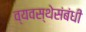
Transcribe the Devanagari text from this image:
व्यवस्थेसंबंधी